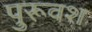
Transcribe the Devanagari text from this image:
पुरूवश